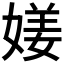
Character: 𡟜